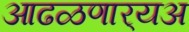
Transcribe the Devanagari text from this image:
आढळणार्‍यअ